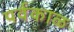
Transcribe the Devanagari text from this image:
पर्वकाळ